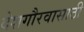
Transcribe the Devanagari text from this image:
देशगौरवासाठी